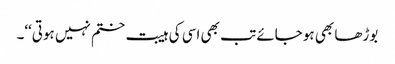
بوڑھا بھی ہو جائے تب بھی اسی کی ہیبت ختم نہیں ہوتی‘‘۔